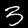
Digit: 3